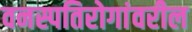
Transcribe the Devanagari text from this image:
वनस्पतिरोगांवरील